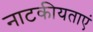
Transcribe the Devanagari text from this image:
नाटकीयताएं